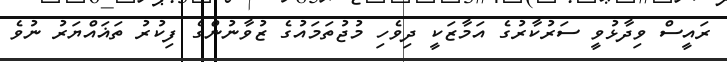
ރައީސް ވިދާޅުވީ ސަރުކާރުގެ އަމާޒަކީ ދިވެހި މުޖުތަމައުގެ ޒުވާނުންގެ ފިކުރު ތަޣައްޔަރު ނުވެ